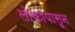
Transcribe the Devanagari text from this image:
लोकोपासून